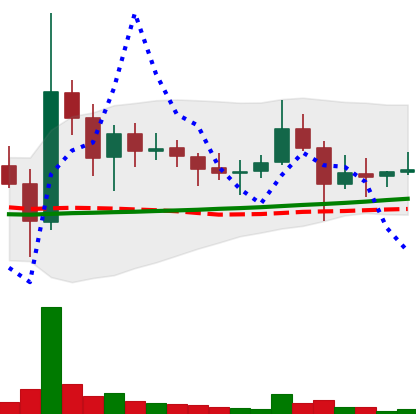
Ticker: DOGE-USD
Chart end date: 2021-11-14
Forward return: -11.335%
Label: down_7plus